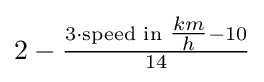
2-{\tfrac {3\cdot {\text{speed in }}{\tfrac {km}{h}}-10}{14}}